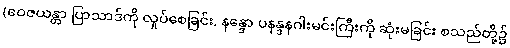
(ဝေဇယန္တာ ပြာသာဒ်ကို လှုပ်စေခြင်း, နန္ဒော ပနန္ဒနဂါးမင်းကြီးကို ဆုံးမခြင်း စသည်တို့၌